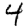
Digit: 4